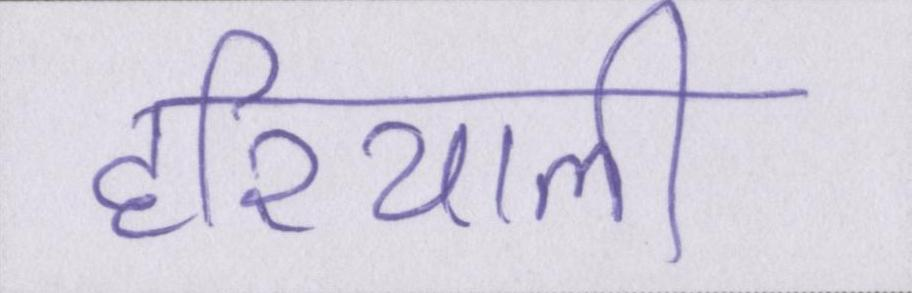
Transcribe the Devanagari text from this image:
हरियाली